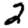
Digit: 2